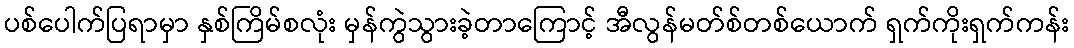
ပစ်ပေါက်ပြရာမှာ နှစ်ကြိမ်စလုံး မှန်ကွဲသွားခဲ့တာကြောင့် အီလွန်မတ်စ်တစ်ယောက် ရှက်ကိုးရှက်ကန်း